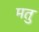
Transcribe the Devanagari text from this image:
मतु